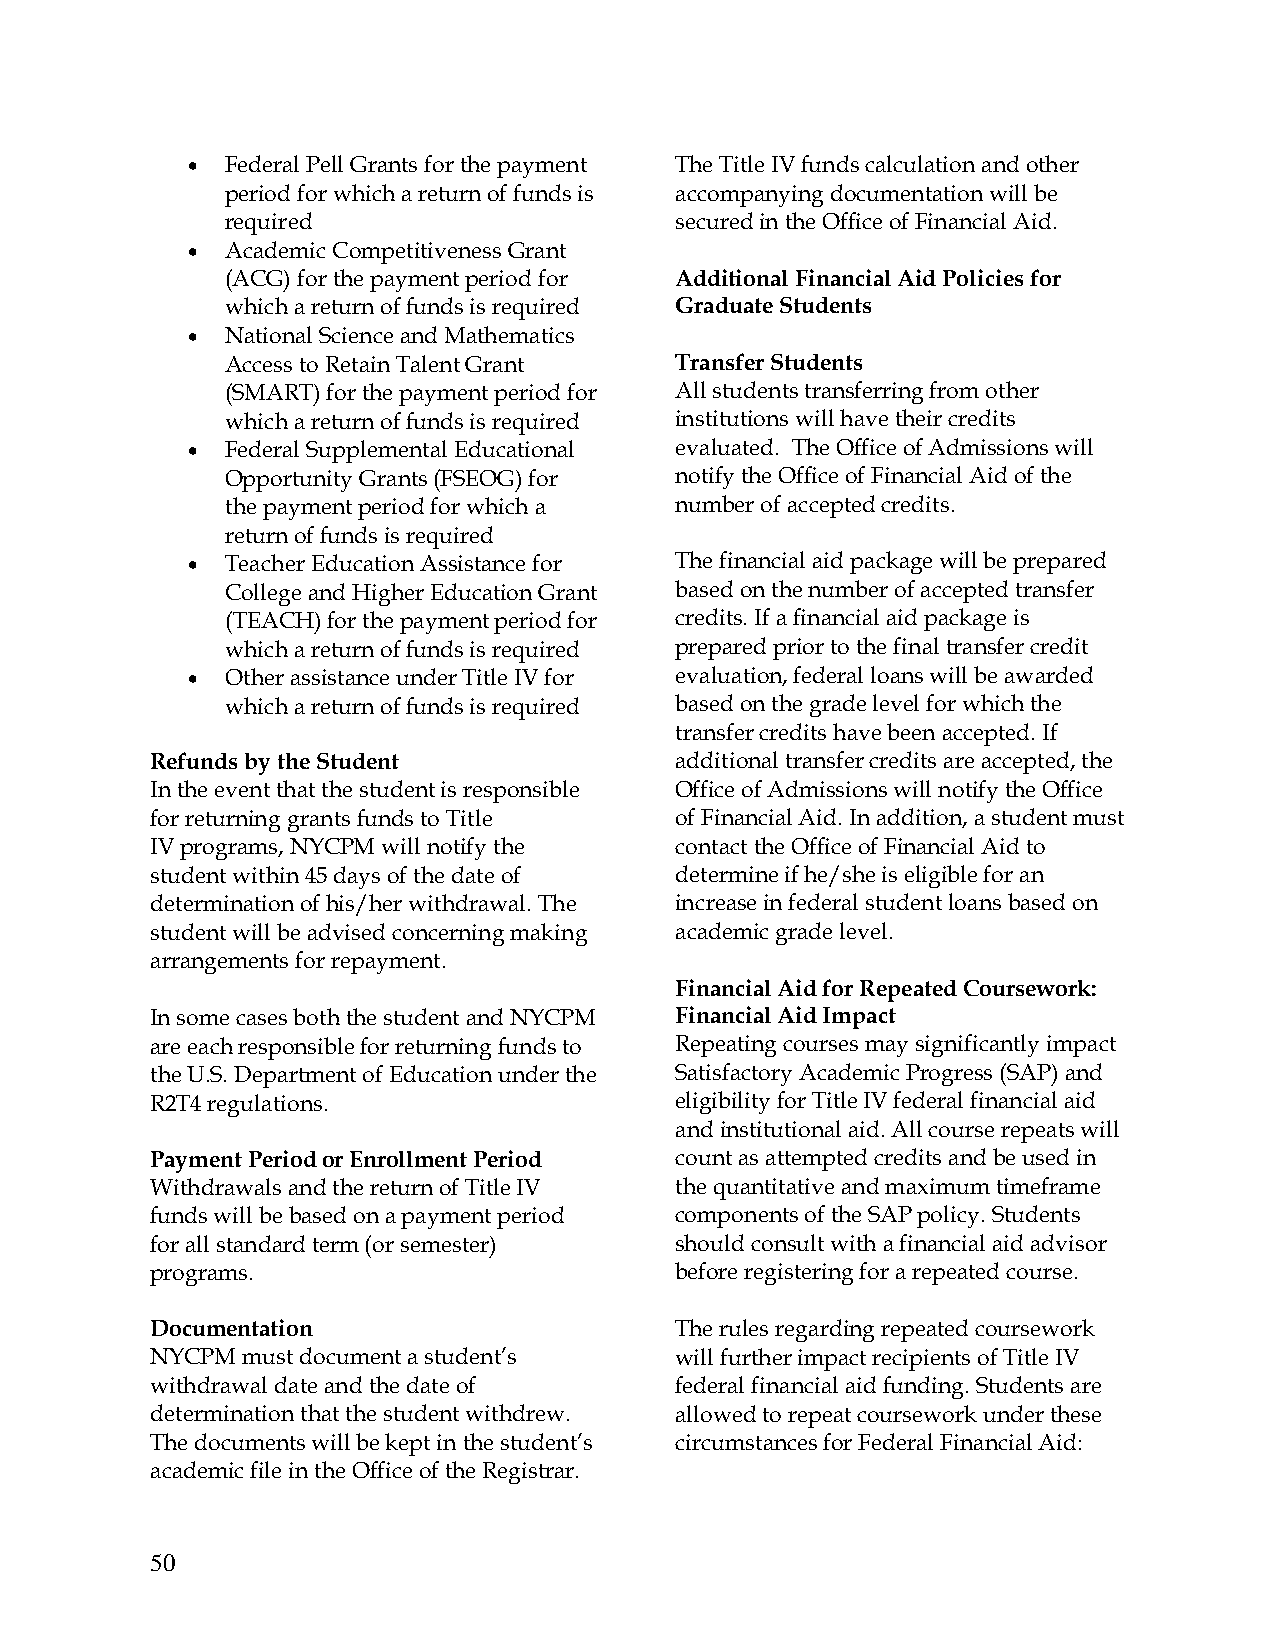
•  Federal Pell Grants for the payment The Title IV funds calculation and other
 period for which a return of funds is accompanying documentation will be
 required                      secured in the Office of Financial Aid.
 •  Academic Competitiveness Grant
 (ACG) for the payment period for Additional Financial Aid Policies for
 which a return of funds is required Graduate Students
 •  National Science and Mathematics
 Access to Retain Talent Grant Transfer Students
 (SMART) for the payment period for All students transferring from other
 which a return of funds is required institutions will have their credits
 •  Federal Supplemental Educational evaluated. The Office of Admissions will
 Opportunity Grants (FSEOG) for notify the Office of Financial Aid of the
 the payment period for which a number of accepted credits.
 return of funds is required
 •  Teacher Education Assistance for The financial aid package will be prepared
 College and Higher Education Grant based on the number of accepted transfer
 (TEACH) for the payment period for credits. If a financial aid package is
 which a return of funds is required prepared prior to the final transfer credit
 •  Other assistance under Title IV for evaluation, federal loans will be awarded
 which a return of funds is required based on the grade level for which the
 transfer credits have been accepted. If
 Refunds by the Student             additional transfer credits are accepted, the
 In the event that the student is responsible Office of Admissions will notify the Office
 for returning grants funds to Title of Financial Aid. In addition, a student must
 IV programs, NYCPM will notify the contact the Office of Financial Aid to
 student within 45 days of the date of determine if he/she is eligible for an
 determination of his/her withdrawal. The increase in federal student loans based on
 student will be advised concerning making academic grade level.
 arrangements for repayment.
 Financial Aid for Repeated Coursework:
 In some cases both the student and NYCPM Financial Aid Impact
 are each responsible for returning funds to Repeating courses may significantly impact
 the U.S. Department of Education under the Satisfactory Academic Progress (SAP) and
 R2T4 regulations.                  eligibility for Title IV federal financial aid
 and institutional aid. All course repeats will
 Payment Period or Enrollment Period count as attempted credits and be used in
 Withdrawals and the return of Title IV the quantitative and maximum timeframe
 funds will be based on a payment period components of the SAP policy. Students
 for all standard term (or semester) should consult with a financial aid advisor
 programs.                          before registering for a repeated course.
 Documentation                      The rules regarding repeated coursework
 NYCPM must document a student’s    will further impact recipients of Title IV
 withdrawal date and the date of    federal financial aid funding. Students are
 determination that the student withdrew. allowed to repeat coursework under these
 The documents will be kept in the student’s circumstances for Federal Financial Aid:
 academic file in the Office of the Registrar.
 50